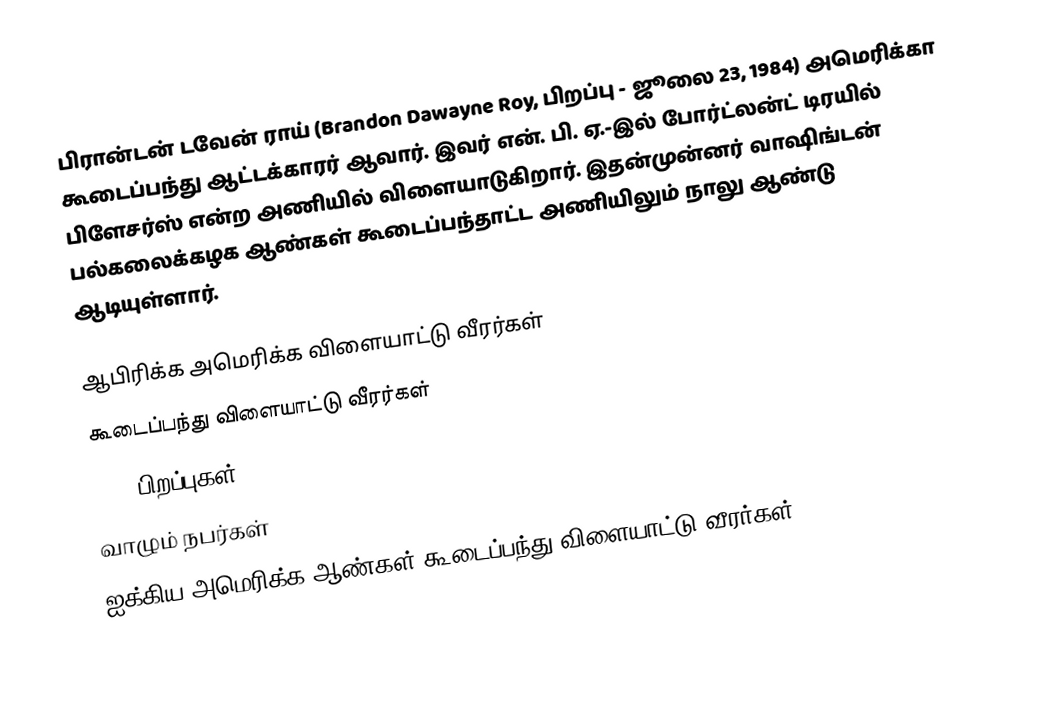
பிரான்டன் டவேன் ராய் (Brandon Dawayne Roy, பிறப்பு - ஜூலை 23, 1984) அமெரிக்கா கூடைப்பந்து ஆட்டக்காரர் ஆவார். இவர் என். பி. ஏ.-இல் போர்ட்லன்ட் டிரயில் பிளேசர்ஸ் என்ற அணியில் விளையாடுகிறார். இதன்முன்னர் வாஷிங்டன் பல்கலைக்கழக ஆண்கள் கூடைப்பந்தாட்ட அணியிலும் நாலு ஆண்டு ஆடியுள்ளார்.

ஆபிரிக்க அமெரிக்க விளையாட்டு வீரர்கள்
கூடைப்பந்து விளையாட்டு வீரர்கள்
1984 பிறப்புகள்
வாழும் நபர்கள்
ஐக்கிய அமெரிக்க ஆண்கள் கூடைப்பந்து விளையாட்டு வீரர்கள்